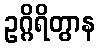
ဥဂ္ဂိရိတွာန